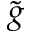
\tilde { g }